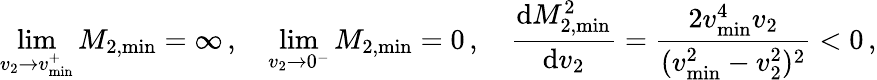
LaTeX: \operatorname*{lim}_{v_{2}\to v_{\operatorname*{min}}^{+}}M_{2,\operatorname*{min}}=\infty\, ,\quad\operatorname*{lim}_{v_{2}\to 0^{-}}M_{2,\operatorname*{min}}=0\, ,\quad\frac{\mathrm{d}M_{2,\operatorname*{min}}^{2}}{\mathrm{d}v_{2}}=\frac{2v_{\operatorname*{min}}^{4}v_{2}}{(v_{\operatorname*{min}}^{2}-v_{2}^{2})^{2}}<0\, ,